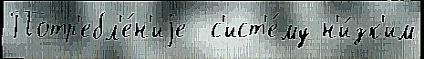
Потр'ебл'е́н'иjе  с'ист'е́му н'и́зк'им